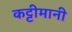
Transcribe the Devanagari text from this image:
कट्टीमानी